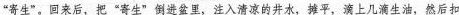
”寄生”，回来后，把”寄生”倒进盆里，注入清凉的井水，摊平，滴上几滴生油，然后扣